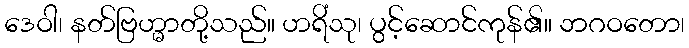
ဒေဝါ၊ နတ်ဗြဟ္မာတို့သည်။ ဟရိံသု၊ ပွင့်ဆောင်ကုန်၏။ ဘဂဝတော၊